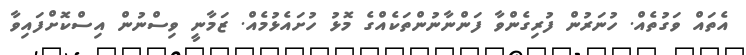
އެތައް ވަގުތެއް. ހުނަރުން ފުރިގެންވާ ފަންނާނުންތަކެއްގެ މޮޅު ހުށައެޅުމެއް. ޒަމާނީ ވިސްނުން އިސްކޮށްފައިވާ